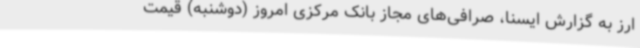
ارز به گزارش ایسنا، صرافی‌های مجاز بانک مرکزی امروز (دوشنبه) قیمت